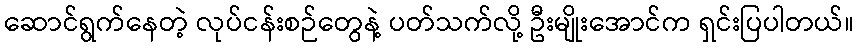
ဆောင်ရွက်နေတဲ့ လုပ်ငန်းစဉ်တွေနဲ့ ပတ်သက်လို့ ဦးမျိုးအောင်က ရှင်းပြပါတယ်။